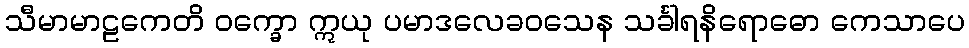
သီမာမာဠကေတိ ဝက္ခော ဣယု ပမာဒလေခဝသေန သင်္ခါရနိရောဓော ကေသာပေ